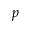
\displaystyle p